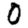
Digit: 0